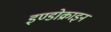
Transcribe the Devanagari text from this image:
इण्डोक्राइन